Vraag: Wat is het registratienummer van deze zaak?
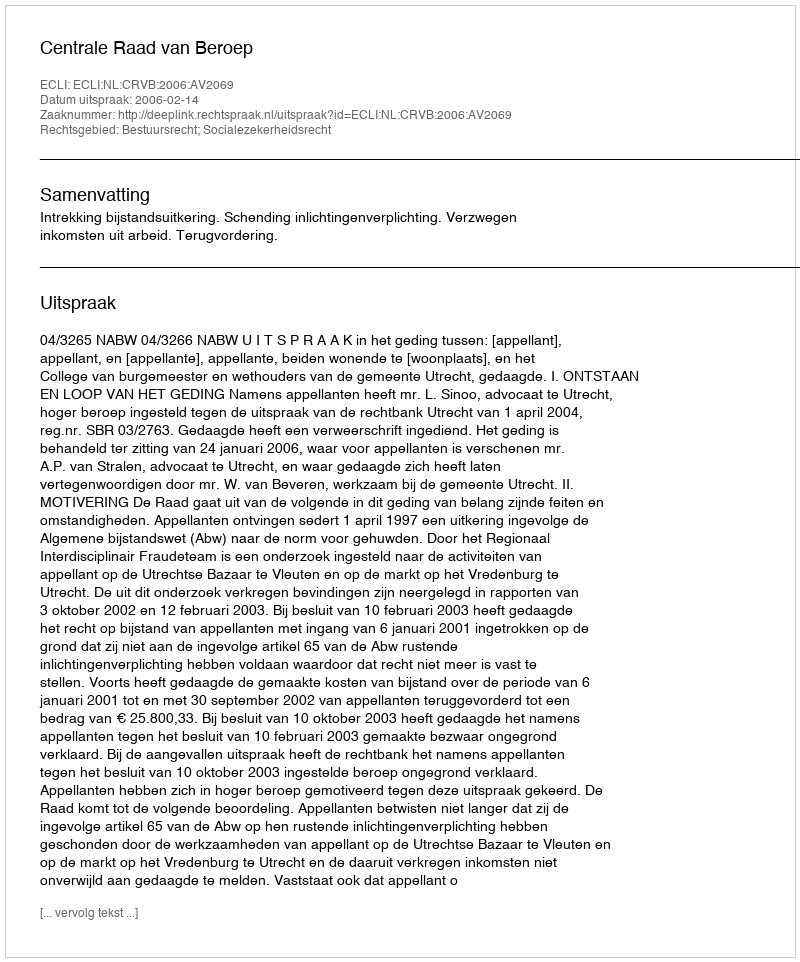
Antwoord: http://deeplink.rechtspraak.nl/uitspraak?id=ECLI:NL:CRVB:2006:AV2069